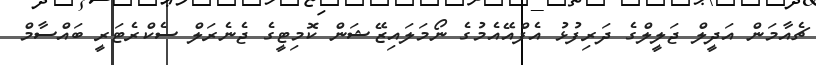
ޗެއާމަން އަދީލް ޖަލީލްގެ ދަރިފުޅު އެފްއޭއެމުގެ ނޯމަލައިޒޭޝަން ކޮމިޓީގެ ޖެނެރަލް ސެކްރެޓަރީ ބައްސާމް